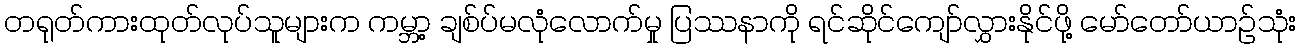
တရုတ်ကားထုတ်လုပ်သူများက ကမ္ဘာ့ ချစ်ပ်မလုံလောက်မှု ပြဿနာကို ရင်ဆိုင်ကျော်လွှားနိုင်ဖို့ မော်တော်ယာဉ်သုံး